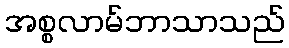
အစ္စလာမ်ဘာသာသည်